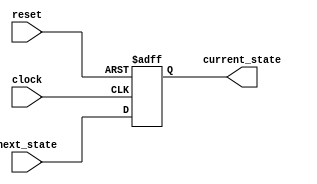
module csl ( input clock, input reset, input [2:0]next_state, output reg [2:0]current_state );

parameter IDEL  = 3'b000;
parameter LEFT  = 3'b001;
parameter RIGHT  = 3'b010;
parameter LBREAK  = 3'b011;
parameter RBREAK  = 3'b100;
parameter BREAK  = 3'b101;
parameter HAZARD  = 3'b110;

always @ ( posedge clock, negedge reset )
    begin
        if ( reset == 0 ) begin
            current_state <= IDEL;
        end else begin
            current_state <= next_state;
        end
    end
endmodule